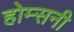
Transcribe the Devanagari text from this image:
होम्सनी